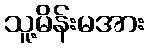
သူ့မိန်းမအား